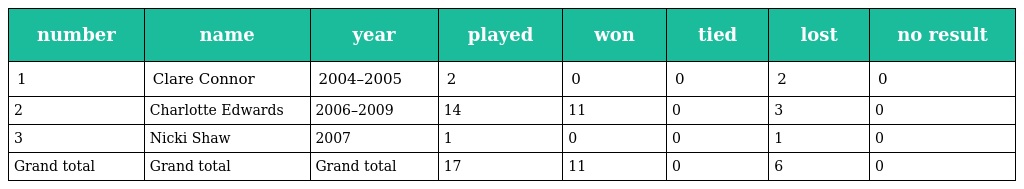
| number | name | year | played | won | tied | lost | no result |
 | --- | --- | --- | --- | --- | --- | --- | --- |
 | 1 | Clare Connor | 2004–2005 | 2 | 0 | 0 | 2 | 0 |
 | 2 | Charlotte Edwards | 2006–2009 | 14 | 11 | 0 | 3 | 0 |
 | 3 | Nicki Shaw | 2007 | 1 | 0 | 0 | 1 | 0 |
 | Grand total | Grand total | Grand total | 17 | 11 | 0 | 6 | 0 |